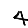
Digit: 4